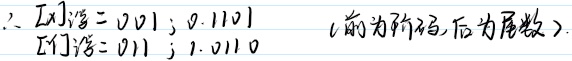
$\therefore [x]_{浮}=0,011;0.1101\ \ \ ($前为阶码,后为尾数$).$
$[y]_{浮}=0,111;1.0110$